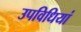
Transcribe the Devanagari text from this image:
उपविधियां